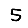
Digit: 5